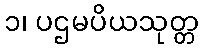
၁၊ ပဌမပိယသုတ္တ